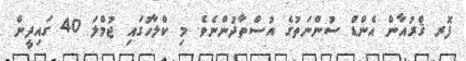
ފޮރ ޤްރުއާން އެންޑް ސުންނަތުގެ އުސްތާޛުންނެވެ. މި ކްލާހުގައި ޖުމްލަ 40 ގައިދީން